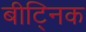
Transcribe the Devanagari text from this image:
बीट्निक